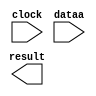
// megafunction wizard: %ALTFP_CONVERT%VBB%
// GENERATION: STANDARD
// VERSION: WM1.0
// MODULE: ALTFP_CONVERT 

// ============================================================
// Megafunction Name(s):
// 			ALTFP_CONVERT
//
// Simulation Library Files(s):
// 			lpm
// ============================================================
// ************************************************************
// THIS IS A WIZARD-GENERATED FILE. DO NOT EDIT THIS FILE!
//
// 18.1.1 Build 646 04/11/2019 SJ Lite Edition
// ************************************************************

//Copyright (C) 2019  Intel Corporation. All rights reserved.
//Your use of Intel Corporation's design tools, logic functions 
//and other software and tools, and any partner logic 
//functions, and any output files from any of the foregoing 
//(including device programming or simulation files), and any 
//associated documentation or information are expressly subject 
//to the terms and conditions of the Intel Program License 
//Subscription Agreement, the Intel Quartus Prime License Agreement,
//the Intel FPGA IP License Agreement, or other applicable license
//agreement, including, without limitation, that your use is for
//the sole purpose of programming logic devices manufactured by
//Intel and sold by Intel or its authorized distributors.  Please
//refer to the applicable agreement for further details, at
//https://fpgasoftware.intel.com/eula.

module Int10ToShortReal (
	clock,
	dataa,
	result)/* synthesis synthesis_clearbox = 1 */;

	input	  clock;
	input	[10:0]  dataa;
	output	[31:0]  result;

endmodule

// ============================================================
// CNX file retrieval info
// ============================================================
// Retrieval info: LIBRARY: altera_mf altera_mf.altera_mf_components.all
// Retrieval info: PRIVATE: INTENDED_DEVICE_FAMILY STRING "Cyclone 10 LP"
// Retrieval info: CONSTANT: INTENDED_DEVICE_FAMILY STRING "Cyclone 10 LP"
// Retrieval info: CONSTANT: LPM_HINT STRING "UNUSED"
// Retrieval info: CONSTANT: LPM_TYPE STRING "altfp_convert"
// Retrieval info: CONSTANT: OPERATION STRING "INT2FLOAT"
// Retrieval info: CONSTANT: ROUNDING STRING "TO_NEAREST"
// Retrieval info: CONSTANT: WIDTH_DATA NUMERIC "11"
// Retrieval info: CONSTANT: WIDTH_EXP_INPUT NUMERIC "8"
// Retrieval info: CONSTANT: WIDTH_EXP_OUTPUT NUMERIC "8"
// Retrieval info: CONSTANT: WIDTH_INT NUMERIC "11"
// Retrieval info: CONSTANT: WIDTH_MAN_INPUT NUMERIC "23"
// Retrieval info: CONSTANT: WIDTH_MAN_OUTPUT NUMERIC "23"
// Retrieval info: CONSTANT: WIDTH_RESULT NUMERIC "32"
// Retrieval info: USED_PORT: clock 0 0 0 0 INPUT NODEFVAL "clock"
// Retrieval info: CONNECT: @clock 0 0 0 0 clock 0 0 0 0
// Retrieval info: USED_PORT: dataa 0 0 11 0 INPUT NODEFVAL "dataa[10..0]"
// Retrieval info: CONNECT: @dataa 0 0 11 0 dataa 0 0 11 0
// Retrieval info: USED_PORT: result 0 0 32 0 OUTPUT NODEFVAL "result[31..0]"
// Retrieval info: CONNECT: result 0 0 32 0 @result 0 0 32 0
// Retrieval info: GEN_FILE: TYPE_NORMAL Int10ToShortReal.v TRUE FALSE
// Retrieval info: GEN_FILE: TYPE_NORMAL Int10ToShortReal.qip TRUE FALSE
// Retrieval info: GEN_FILE: TYPE_NORMAL Int10ToShortReal.bsf TRUE TRUE
// Retrieval info: GEN_FILE: TYPE_NORMAL Int10ToShortReal_inst.v TRUE TRUE
// Retrieval info: GEN_FILE: TYPE_NORMAL Int10ToShortReal_bb.v TRUE TRUE
// Retrieval info: GEN_FILE: TYPE_NORMAL Int10ToShortReal.inc TRUE TRUE
// Retrieval info: GEN_FILE: TYPE_NORMAL Int10ToShortReal.cmp TRUE TRUE
// Retrieval info: LIB_FILE: lpm